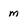
Character: m